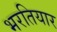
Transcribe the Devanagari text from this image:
भरतियार